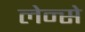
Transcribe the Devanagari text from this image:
लेन्से